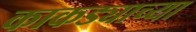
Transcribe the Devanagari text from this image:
काकड्याच्या